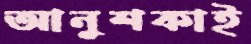
আনুশকাই